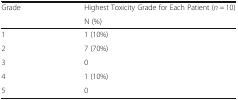
<table><thead><tr><td rowspan="2"><b>Grade</b></td><td><b>Highest Toxicity Grade for Each Patient (<i>n</i> = 10)</b></td></tr><tr><td><b>N (%)</b></td></tr></thead><tbody><tr><td>1</td><td>1 (10%)</td></tr><tr><td>2</td><td>7 (70%)</td></tr><tr><td>3</td><td>0</td></tr><tr><td>4</td><td>1 (10%)</td></tr><tr><td>5</td><td>0</td></tr></tbody></table>